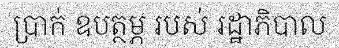
ប្រាក់ ឧបត្ថម្ភ របស់ រដ្ឋាភិបាល